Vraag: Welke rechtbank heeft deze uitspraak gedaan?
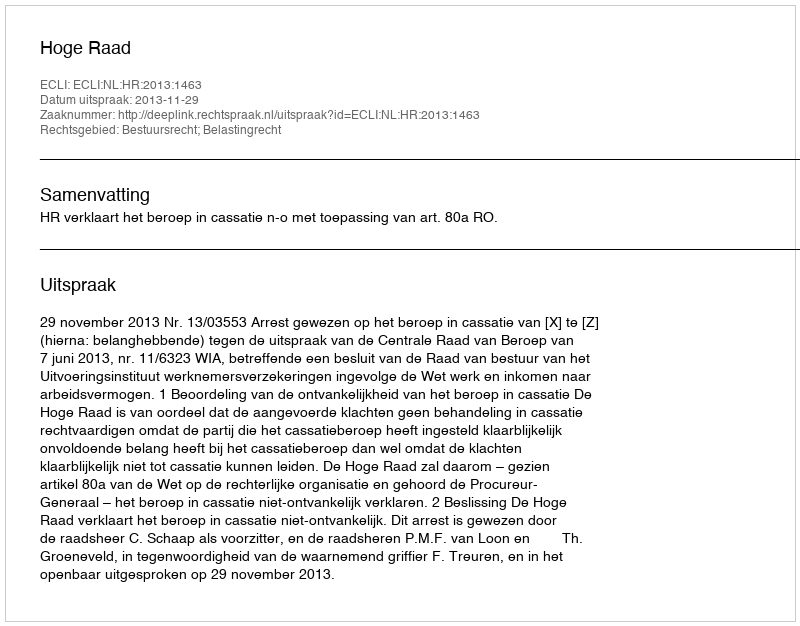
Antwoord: Hoge Raad